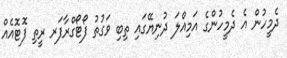
ދެމީހުން އެ ދެމީހުންގެ އަމިއްލަ ދުނިޔޭގައި ތިބި ވަގުތު ފޯޓޯގްރާފަރ ރީތި ފޮޓޮއެއް